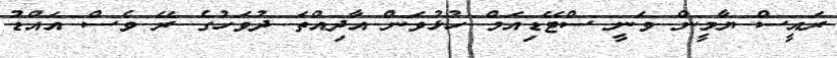
ރައީސް ޔާމީން ވަނީ ސްޓޭޑިއަމް ހުޅުވަން އާދިއްތަ ދުވަހުގެ ރޭ ވެސް އައްޑު